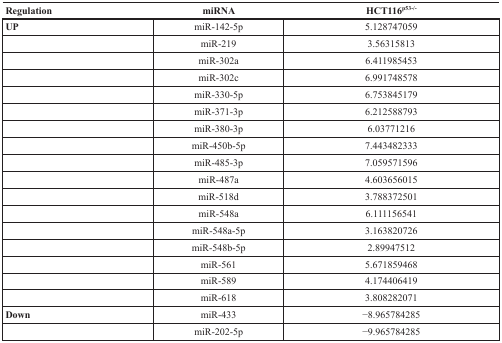
<table><thead><tr><td><b>Regulation</b></td><td><b>miRNA</b></td><td><b>HCT116<sup>p53−/−</sup></b></td></tr></thead><tbody><tr><td><b>UP</b></td><td>miR-142-5p</td><td>5.128747059</td></tr><tr><td></td><td>miR-219</td><td>3.56315813</td></tr><tr><td></td><td>miR-302a</td><td>6.411985453</td></tr><tr><td></td><td>miR-302c</td><td>6.991748578</td></tr><tr><td></td><td>miR-330-5p</td><td>6.753845179</td></tr><tr><td></td><td>miR-371-3p</td><td>6.212588793</td></tr><tr><td></td><td>miR-380-3p</td><td>6.03771216</td></tr><tr><td></td><td>miR-450b-5p</td><td>7.443482333</td></tr><tr><td></td><td>miR-485-3p</td><td>7.059571596</td></tr><tr><td></td><td>miR-487a</td><td>4.603656015</td></tr><tr><td></td><td>miR-518d</td><td>3.788372501</td></tr><tr><td></td><td>miR-548a</td><td>6.111156541</td></tr><tr><td></td><td>miR-548a-5p</td><td>3.163820726</td></tr><tr><td></td><td>miR-548b-5p</td><td>2.89947512</td></tr><tr><td></td><td>miR-561</td><td>5.671859468</td></tr><tr><td></td><td>miR-589</td><td>4.174406419</td></tr><tr><td></td><td>miR-618</td><td>3.808282071</td></tr><tr><td><b>Down</b></td><td>miR-433</td><td>−8.965784285</td></tr><tr><td></td><td>miR-202-5p</td><td>−9.965784285</td></tr></tbody></table>